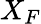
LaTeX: X_{F}